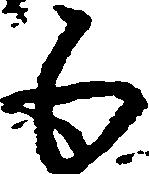
五